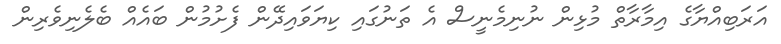
އަރަބިއްޔާގެ އިމާރާތް މުޅިން ނުނިމެނީސް އެ ތަނުގައި ކިޔަވައިދޭން ފެށުމުން ބައެއް ބެލެނިވެރިން